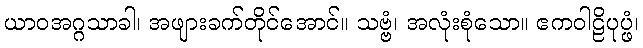
ယာဝအဂ္ဂသာခါ၊ အဖျားခက်တိုင်အောင်။ သဗ္ဗံ၊ အလုံးစုံသော။ ဧကဝါဠိပုပ္ဖံ၊